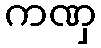
ကဏှ